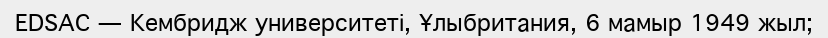
EDSAC — Кембридж университеті, Ұлыбритания, 6 мамыр 1949 жыл;